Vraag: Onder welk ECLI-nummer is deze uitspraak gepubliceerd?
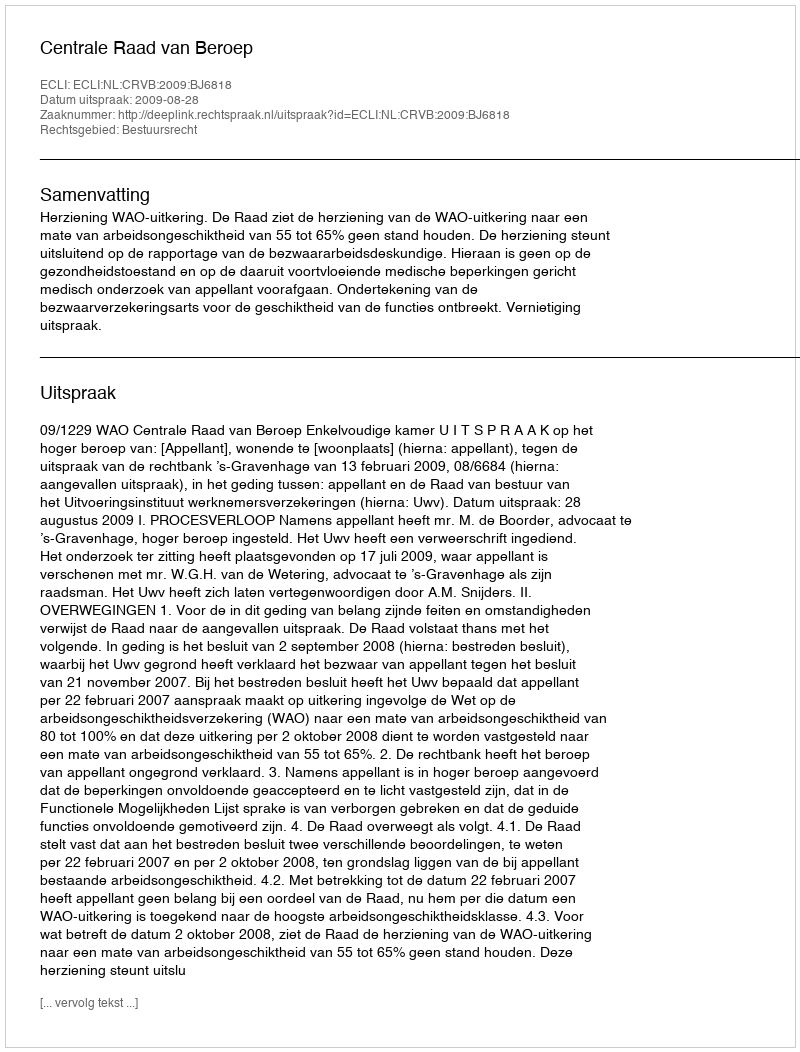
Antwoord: ECLI:NL:CRVB:2009:BJ6818